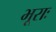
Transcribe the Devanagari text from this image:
भूराः